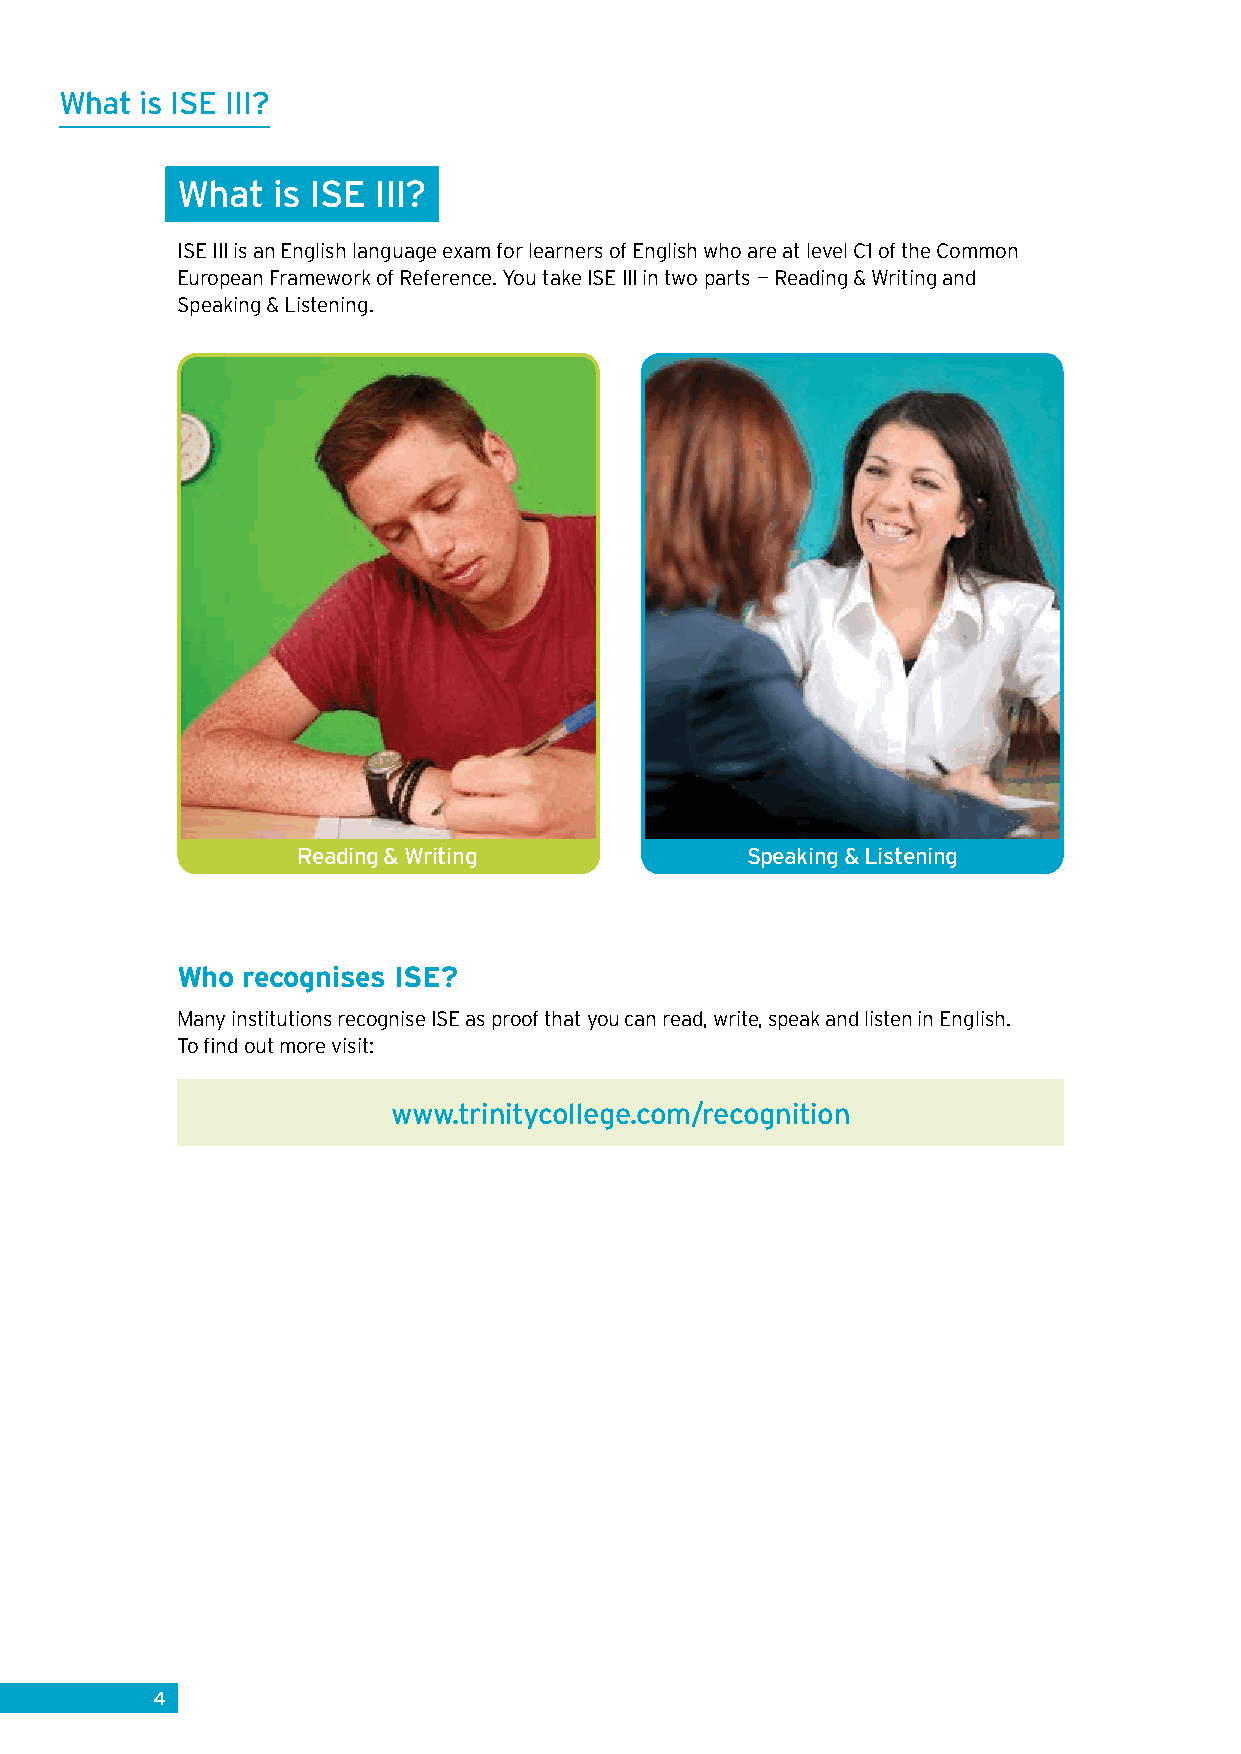
What is ISE III?
 What  is ISE III?
 ISE III is an English language exam for learners of English who are at level C1 of the Common
 European Framework of Reference. You take ISE III in two parts — Reading & Writing and
 Speaking & Listening.
 Reading & Writing            Speaking & Listening
 Who recognises ISE?
 Many institutions recognise ISE as proof that you can read, write, speak and listen in English.
 To find out more visit:
 www.trinitycollege.com/recognition
 4